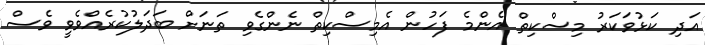
އަދި ކަޅުވަކަރު މިސްކިތް އެންމެ ފަހުން އެމިސްކިތް ނެންގެވި ތަނަށް ބަދަލުކުރެއްވެވީ ވެސް